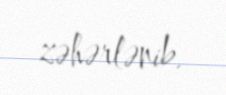
zəhərlənib.